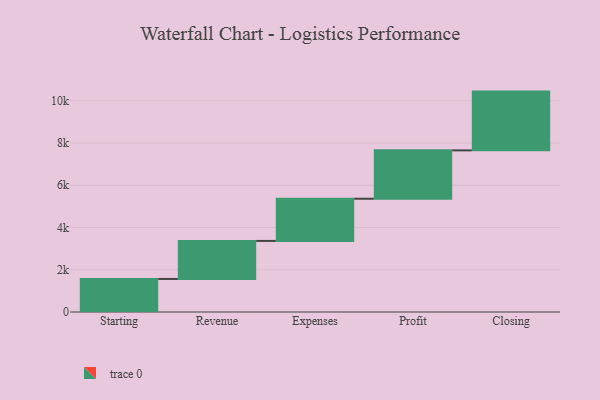
{"axis": {"x": "Step", "y": "Value"}, "legend": [""], "data": [{"x": "Starting", "y": 1565.0, "type": ""}, {"x": "Revenue", "y": 1800.0, "type": ""}, {"x": "Expenses", "y": 1998.0, "type": ""}, {"x": "Profit", "y": 2290.0, "type": ""}, {"x": "Closing", "y": 2783.0, "type": ""}]}